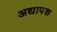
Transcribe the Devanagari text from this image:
अद्यापक